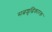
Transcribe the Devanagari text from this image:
सत्वशुद्धिकारक